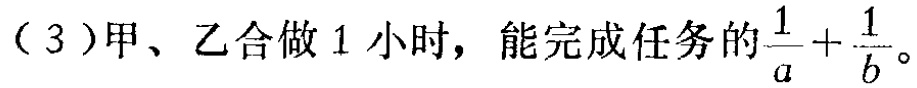
（3）甲、乙合做 1 小时，能完成任务的$\frac{1}{a}+\frac{1}{b}$。